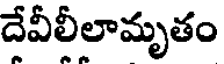
దేవీలీలామృతం